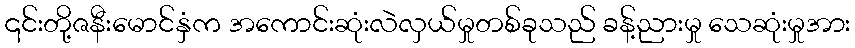
၎င်းတို့ဇနီးမောင်နှံက အကောင်းဆုံးလဲလှယ်မှုတစ်ခုသည် ခန့်ညားမှု သေဆုံးမှုအား